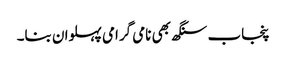
پنجاب سنگھ بھی نامی گرامی پہلوان بنا۔